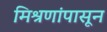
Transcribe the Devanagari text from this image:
मिश्रणांपासून